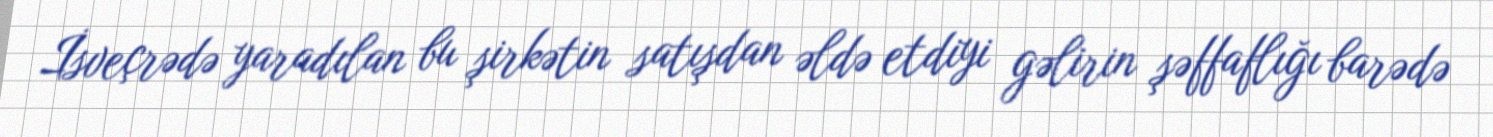
İsveçrədə yaradılan bu şirkətin satışdan əldə etdiyi gəlirin şəffaflığı barədə